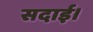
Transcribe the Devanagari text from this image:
सदाई।